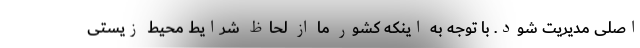
اصلی مدیریت شود. با توجه به اینکه کشور ما از لحاظ شرایط محیط زیستی